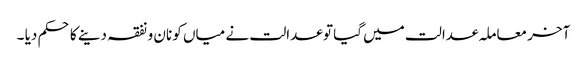
آخر معاملہ عدالت میں گیا تو عدالت نے میاں کو نان و نفقہ دینے کا حکم دیا ۔